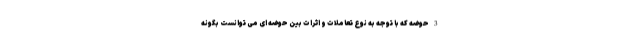
3 حوضه که با توجه به نوع تعاملات و اثرات بین حوضه ای می توانست بگونه